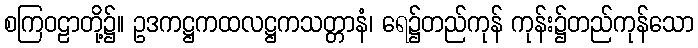
စကြဝဠာတို့၌။ ဥဒကဋ္ဌကထလဋ္ဌကသတ္တာနံ၊ ရေ၌တည်ကုန် ကုန်း၌တည်ကုန်သော